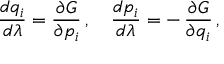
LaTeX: { \frac { d q _ { i } } { d \lambda } } = { \frac { \partial G } { \partial p _ { i } } } \, , \quad { \frac { d p _ { i } } { d \lambda } } = - \, { \frac { \partial G } { \partial q _ { i } } } \, ,